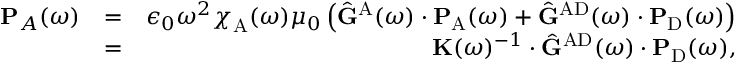
\begin{array} { r l r } { \mathbf { P } _ { A } ( \omega ) } & { = } & { \epsilon _ { 0 } \omega ^ { 2 } { \boldsymbol { \chi } } _ { \mathrm { A } } ( \omega ) \mu _ { 0 } \left( \hat { \mathbf { G } } ^ { \mathrm { A } } ( \omega ) \cdot \mathbf { P } _ { \mathrm { A } } ( \omega ) + \hat { \mathbf { G } } ^ { \mathrm { A D } } ( \omega ) \cdot \mathbf { P } _ { \mathrm { D } } ( \omega ) \right) } \\ & { = } & { \mathbf { K } ( \omega ) ^ { - 1 } \cdot \hat { \mathbf { G } } ^ { \mathrm { A D } } ( \omega ) \cdot \mathbf { P } _ { \mathrm { D } } ( \omega ) , } \end{array}